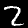
Label: 2